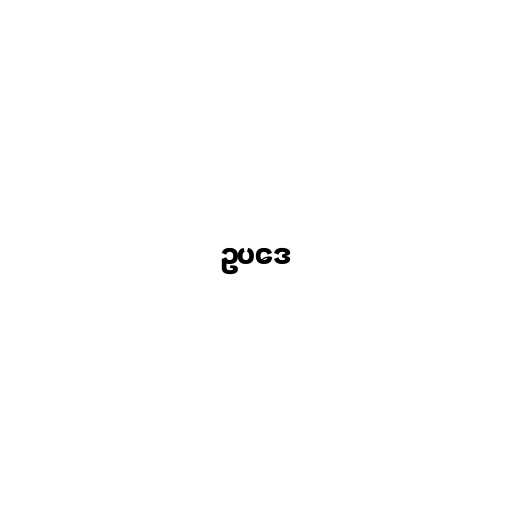
ဥပဒေ